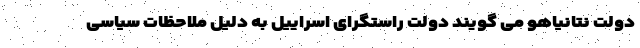
دولت نتانیاهو می گویند دولت راستگرای اسراییل به دلیل ملاحظات سیاسی